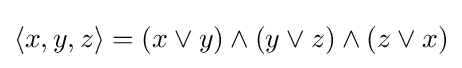
\langle x,y,z\rangle =(x\vee y)\wedge (y\vee z)\wedge (z\vee x)